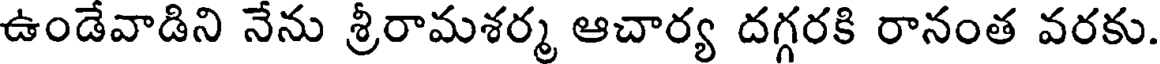
ఉండేవాడిని నేను శ్రీరామశర్మ ఆచార్య దగ్గరకి రానంత వరకు